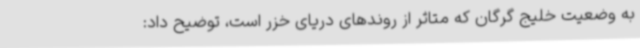
به وضعیت خلیج گرگان که متاثر از روندهای دریای خزر است، توضیح داد: